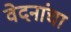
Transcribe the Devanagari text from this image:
वेदनांचा